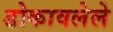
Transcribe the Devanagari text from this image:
डोकावलेले